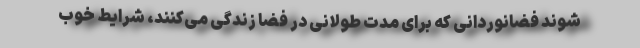
شوند فضانوردانی که برای مدت طولانی در فضا زندگی می‌کنند، شرایط خوب